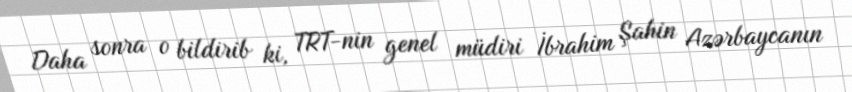
Daha sonra o bildirib ki, TRT-nin genel müdiri İbrahim Şahin Azərbaycanın